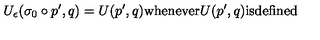
U _ { \epsilon } ( \sigma _ { 0 } \circ p ^ { \prime } , q ) = U ( p ^ { \prime } , q ) \mathrm { w h e n e v e r } U ( p ^ { \prime } , q ) \mathrm { i s d e f i n e d }